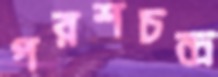
পরশচন্দ্র